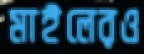
মাইলেরও